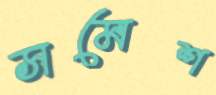
সমেশ